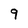
Character: 9